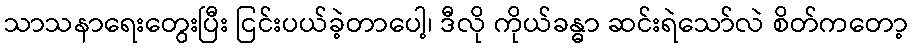
သာသနာရေးတွေးပြီး ငြင်းပယ်ခဲ့တာပေါ့၊ ဒီလို ကိုယ်ခန္ဓာ ဆင်းရဲသော်လဲ စိတ်ကတော့